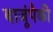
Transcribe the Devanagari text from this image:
बाजूंपैकी